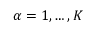
\alpha = 1 , \ldots , K